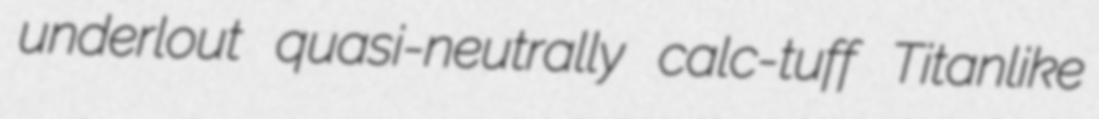
underlout quasi-neutrally calc-tuff Titanlike